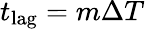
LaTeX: t_{\textnormal{lag}}=m\Delta T